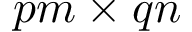
p m \times q n